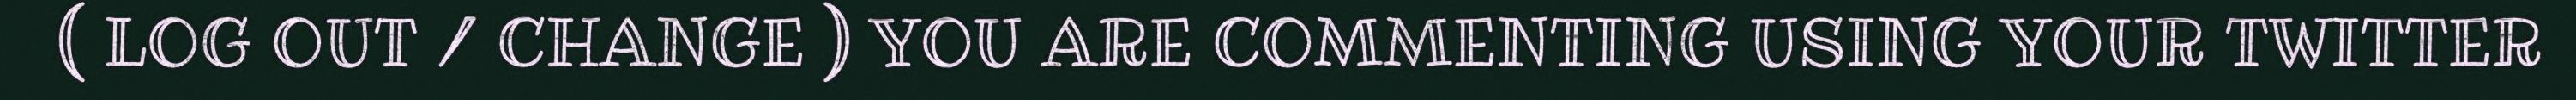
( LOG OUT / CHANGE ) YOU ARE COMMENTING USING YOUR TWITTER